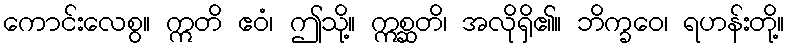
ကောင်းလေစွ။ ဣတိ ဧဝံ၊ ဤသို့။ ဣစ္ဆတိ၊ အလိုရှိ၏။ ဘိက္ခဝေ၊ ရဟန်းတို့။